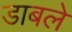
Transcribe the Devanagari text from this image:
डाबले